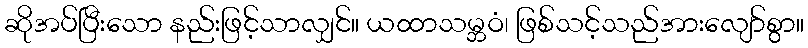
ဆိုအပ်ပြီးသော နည်းဖြင့်သာလျှင်။ ယထာသမ္ဘဝံ၊ ဖြစ်သင့်သည်အားလျော်စွာ။